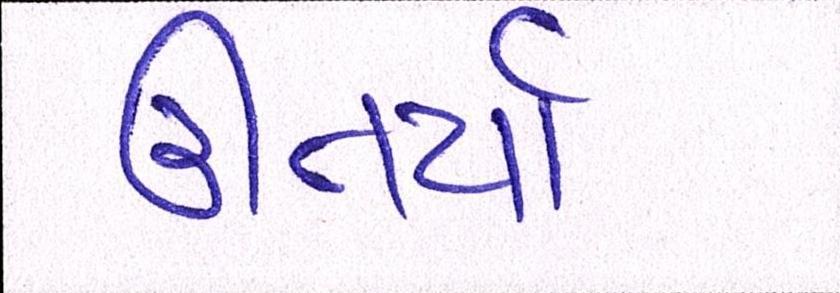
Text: ઊતર્યાં